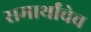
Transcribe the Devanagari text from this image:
समार्थांचेच